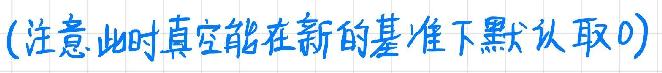
(注意此时真空能在新的基准下默认取0)